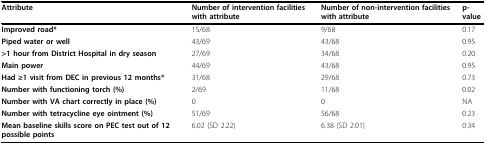
<table><thead><tr><td><b>Attribute</b></td><td><b>Number of intervention facilities with attribute</b></td><td><b>Number of non-intervention facilities with attribute</b></td><td><b>p-value</b></td></tr></thead><tbody><tr><td><b>Improved road*</b></td><td>15/68</td><td>9/68</td><td>0.17</td></tr><tr><td><b>Piped water or well</b></td><td>43/69</td><td>43/68</td><td>0.95</td></tr><tr><td><b>&gt;1 hour from District Hospital in dry season</b></td><td>27/69</td><td>34/68</td><td>0.20</td></tr><tr><td><b>Main power</b></td><td>44/69</td><td>43/68</td><td>0.95</td></tr><tr><td><b>Had ≥1 visit from DEC in previous 12 months*</b></td><td>31/68</td><td>29/68</td><td>0.73</td></tr><tr><td><b>Number with functioning torch (%)</b></td><td>2/69</td><td>11/68</td><td>0.02</td></tr><tr><td><b>Number with VA chart correctly in place (%)</b></td><td>0</td><td>0</td><td>NA</td></tr><tr><td><b>Number with tetracycline eye ointment (%)</b></td><td>51/69</td><td>56/68</td><td>0.23</td></tr><tr><td><b>Mean baseline skills score on PEC test out of 12 possible points</b></td><td>6.02 (SD 2.22)</td><td>6.38 (SD 2.01)</td><td>0.34</td></tr></tbody></table>